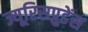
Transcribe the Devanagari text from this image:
ज्यूरिसप्रुडेंस